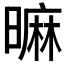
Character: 𣊍